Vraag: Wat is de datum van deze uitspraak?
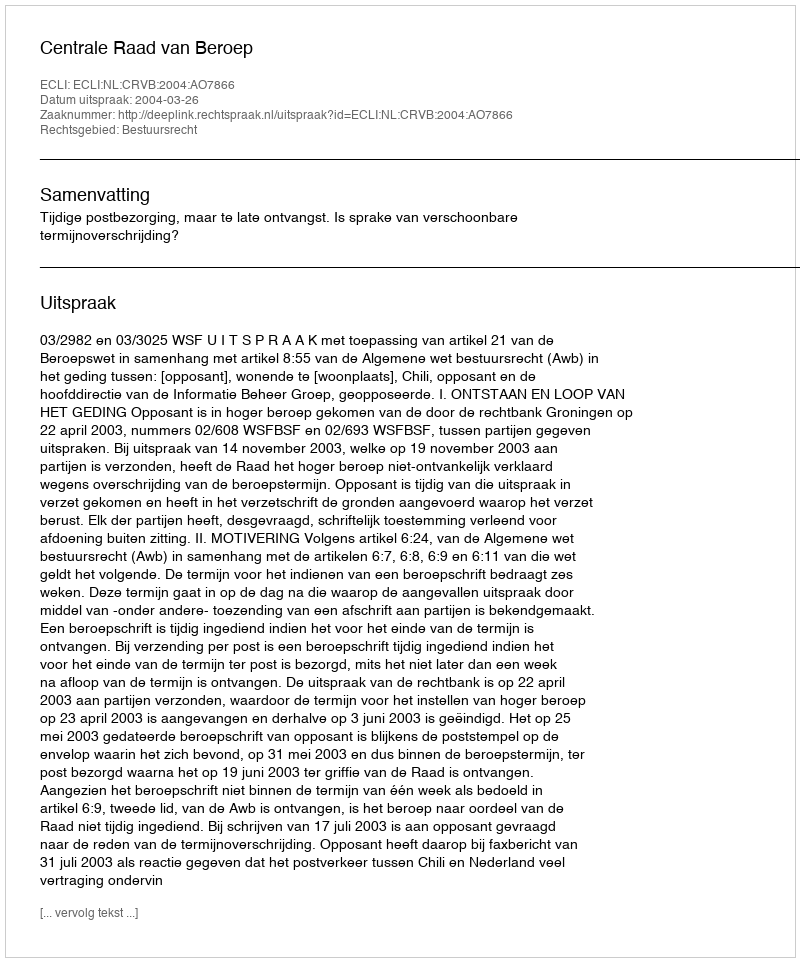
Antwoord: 2004-03-26